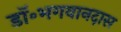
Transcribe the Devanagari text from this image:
डॉ॰भगवानदास